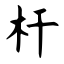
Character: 杆